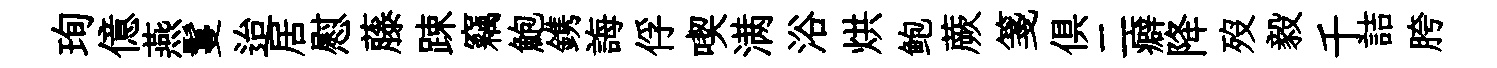
珣億燕鬘迨居慰藤踈竊鮑鎸誨俘喫满浴烘鲍蕨箋俱二癖降歿毅千詰胯